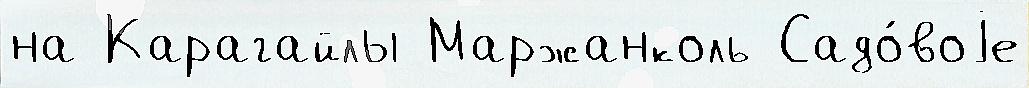
на Карагайлы Маржанколь Садо́воjе